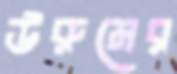
উরুমের